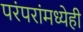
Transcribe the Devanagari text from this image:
परंपरांमध्येही